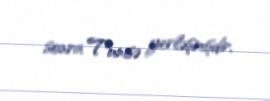
sonra Tunisə yerləşmişdir.